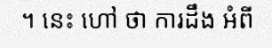
។ នេះ ហៅ ថា ការដឹង អំពី